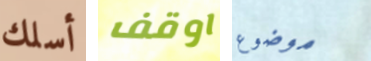
أسلك اوقف موضوع